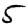
Digit: 5